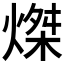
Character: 𤌴